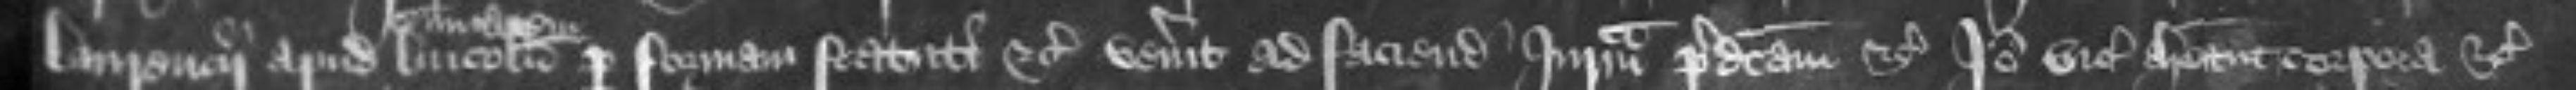
Laurencii apud Lincolnie per formam statuti etc venerit ad faciendam Juratam predictam etc Ideo vicecomites habeant corpora etc